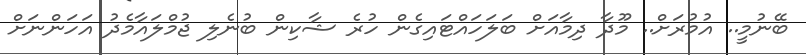
ބޭނުމީ.. އުމުރަށް.. މޫދާ ދިމާއަށް ބަލަހައްޓައިގެން ހުރެ ޝާކިން ބުނެލި ޖުމްލައާމެދު އަހަންނަށް